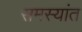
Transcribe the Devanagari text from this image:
समस्यांत